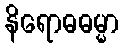
နိရောဓဓမ္မာ